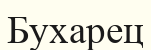
Бухарец